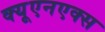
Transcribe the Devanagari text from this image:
क्यूएनएक्स